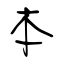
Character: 本